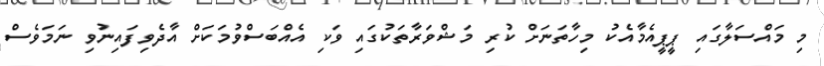
މި މައްސަލާގައި ޕީޕީއެމާއެކު މިހާތަނަށް ކުރި މަޝްވަރާތަކުގައި ވަކި އެއްބަސްވުމަކަށް އާދެވިފައިނުވި ނަމަވެސް